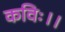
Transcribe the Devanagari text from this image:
कविः।।